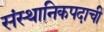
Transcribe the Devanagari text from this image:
संस्थानिकपदाची